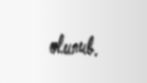
olunub.